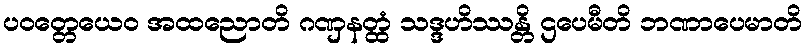
ပဝတ္တေယေဝ အထညောတိ ဂဏှနတ္ထံ သဒ္ဒဟိဿန္တိ ဌပေမီတိ ဘဏာပေမာတိ